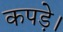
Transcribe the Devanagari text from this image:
कपड़े।